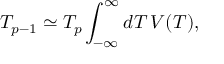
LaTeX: T _ { p - 1 } \simeq T _ { p } \int _ { - \infty } ^ { \infty } d T \, V ( T ) ,